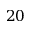
2 0